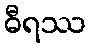
ဓီရဿ